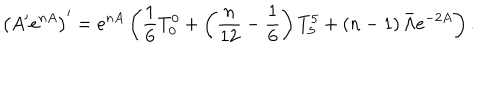
LaTeX: \left( A ^ { \prime } e ^ { n A } \right) ^ { \prime } = e ^ { n A } \left( \frac { 1 } { 6 } T _ { 0 } ^ { 0 } + \left( \frac { n } { 1 2 } - \frac { 1 } { 6 } \right) T _ { 5 } ^ { 5 } + \left( n - 1 \right) \bar { \Lambda } e ^ { - 2 A } \right) .